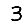
Digit: 3